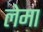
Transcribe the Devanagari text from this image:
लेमा